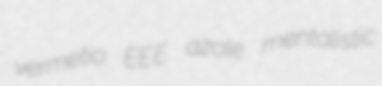
vermetio EEE azole mentalistic